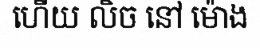
ហើយ លិច នៅ ម៉ោង